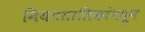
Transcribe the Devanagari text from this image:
नियततालिकांमधून